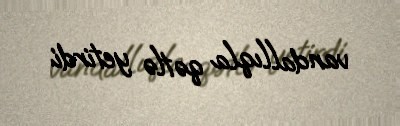
vandallıqla qətlə yetirdi.